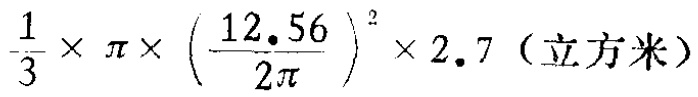
$\frac{1}{3} \times \pi \times \left(\frac{12.56}{2\pi}\right)^{2} \times 2.7 \text{（立方米）}$